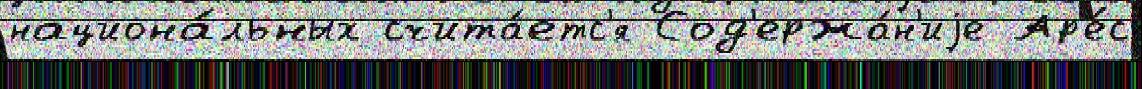
национа́льных счита́етс'я Сод'ержа́н'иjе Ар'е́с